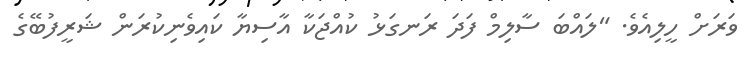
ވަރަށް ހީލިއެވެ. "ލައްބަ ސާލިމް ފަދަ ރަނގަޅު ކުއްޖަކާ އާސިޔާ ކައިވެނިކުރަން ޝަރީފުބޭގެ